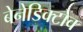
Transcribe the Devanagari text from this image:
बेनेडिक्टोव